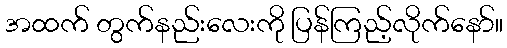
အထက် တွက်နည်းလေးကို ပြန်ကြည့်လိုက်နော်။